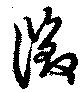
徴